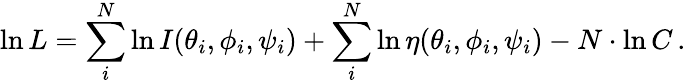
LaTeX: \ln{L}=\sum_{i}^{N}\ln{I(\theta_{i},\phi_{i},\psi_{i})}+\sum_{i}^{N}\ln{\eta(\theta_{i},\phi_{i},\psi_{i})}-N\cdot\ln{C}\, .